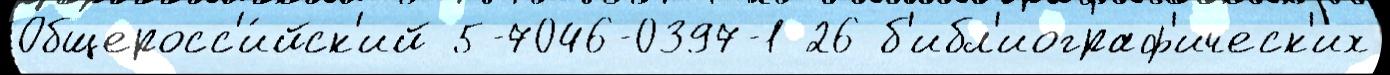
Общеросс'и́йск'ий 5-7046-0397-1 26 б'ибл'иограф'ическ'их